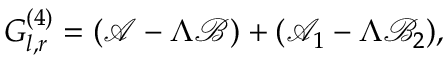
{ G } _ { l , r } ^ { ( 4 ) } = ( \mathcal { A } - \Lambda \mathcal { B } ) + ( \mathcal { A } _ { 1 } - \Lambda \mathcal { B } _ { 2 } ) ,